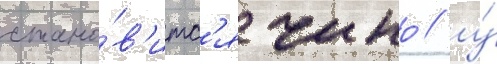
стано́в'итс'я чино / у́